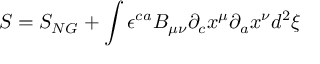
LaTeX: S = S _ { N G } + \int { \epsilon } ^ { c a } B _ { \mu \nu } { \partial } _ { c } x ^ { \mu } { \partial } _ { a } x ^ { \nu } d ^ { 2 } { \xi }